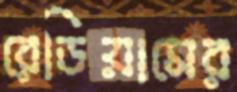
রেডিয়ামের